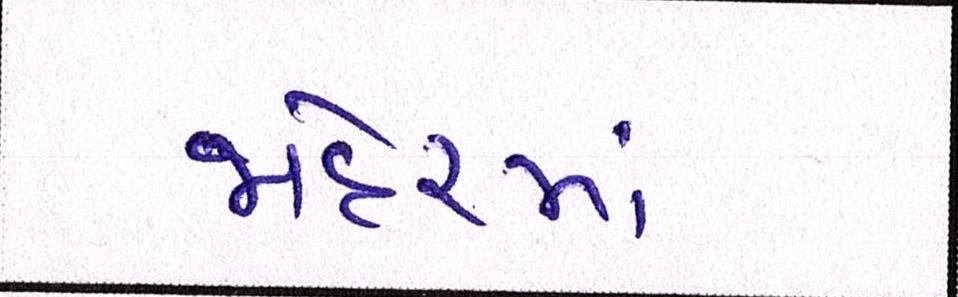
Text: જાહેરમાં